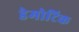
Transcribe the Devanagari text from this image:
डेमोटिक